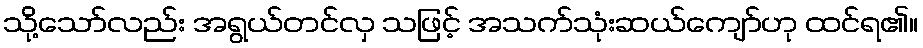
သို့သော်လည်း အရွယ်တင်လှ သဖြင့် အသက်သုံးဆယ်ကျော်ဟု ထင်ရ၏။